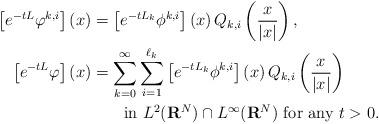
LaTeX: \begin{align*}\left[e^{-tL}\varphi^{k,i}\right](x) & =\left[e^{-tL_k}\phi^{k,i}\right](x)\,Q_{k,i}\left(\frac{x}{|x|}\right),\\\left[e^{-tL}\varphi\right](x) & =\sum_{k=0}^\infty\sum_{i=1}^{\ell_k}\left[e^{-tL_k}\phi^{k,i}\right](x)\,Q_{k,i}\left(\frac{x}{|x|}\right)\\ & \qquad\mbox{in $L^2({\bf R}^N)\cap L^\infty({\bf R}^N)$ for any $t>0$}.\end{align*}